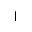
\mid